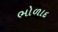
ભોળાદ